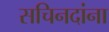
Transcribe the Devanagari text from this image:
सचिनदांना